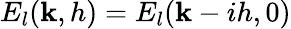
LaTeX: E_{l}(\mathbf{k},h)=E_{l}(\mathbf{k}-ih,0)